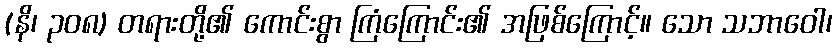
(နိ၊ ၃၀၈) တရားတို့၏ ကောင်းစွာ ကြံကြောင်း၏ အဖြစ်ကြောင့်။ သော သဘာဝေါ၊